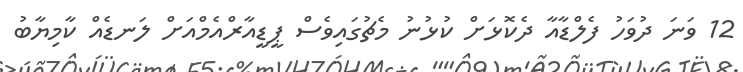
12 ވަނަ ދުވަހު ފެލްޑާއާ ދެކޮޅަށް ކުޅުނު މެޗުގައިވެސް ޕީޑީއާރްއެމްއަށް ލަނޑެއް ކާމިޔާބު